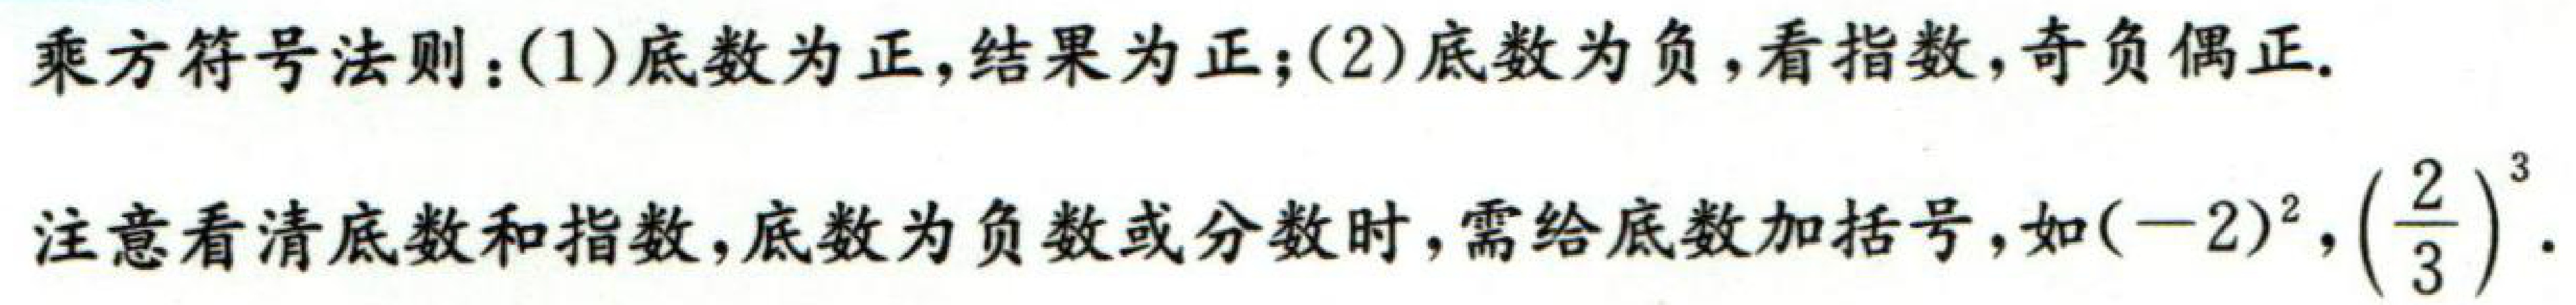
乘方符号法则：(1)底数为正,结果为正；(2)底数为负，看指数,奇负偶正.
注意看清底数和指数，底数为负数或分数时，需给底数加括号，如\((-2)^{2},\left(\frac{2}{3}\right)^{3}\).